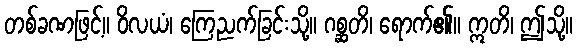
တစ်ခဏဖြင့်။ ဝိလယံ၊ ကြေညက်ခြင်းသို့။ ဂစ္ဆတိ၊ ရောက်၏။ ဣတိ၊ ဤသို့။